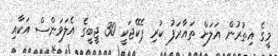
މީގެ އިތުރުން އަލަށް ތައާރަފު ކުރި ޕެކޭޖަކީ 30 ޖީބީގެ އެލަވަންސް އަކާއި